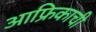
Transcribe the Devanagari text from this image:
आफ्रिकाची